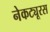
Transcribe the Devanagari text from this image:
नेकट्यूरस